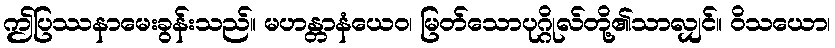
ဤပြဿနာမေးခွန်းသည်။ မဟန္တာနံယေဝ၊ မြတ်သောပုဂ္ဂိုလ်တို့၏သာလျှင်။ ဝိသယော၊